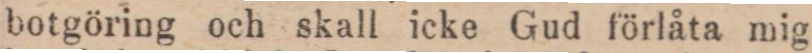
botgöring och skall icke gud förlåta mig